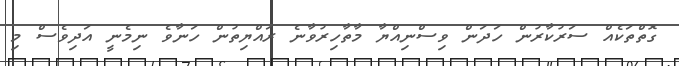
ގޮތްތަކެއް ސަރުކާރުން ހަދަން ވިސްނިއްޔާ މާތާހިރުވާނެ ރައްޔިތުން ހަނާވެ ނިމެނީ އަދިވެސް މި